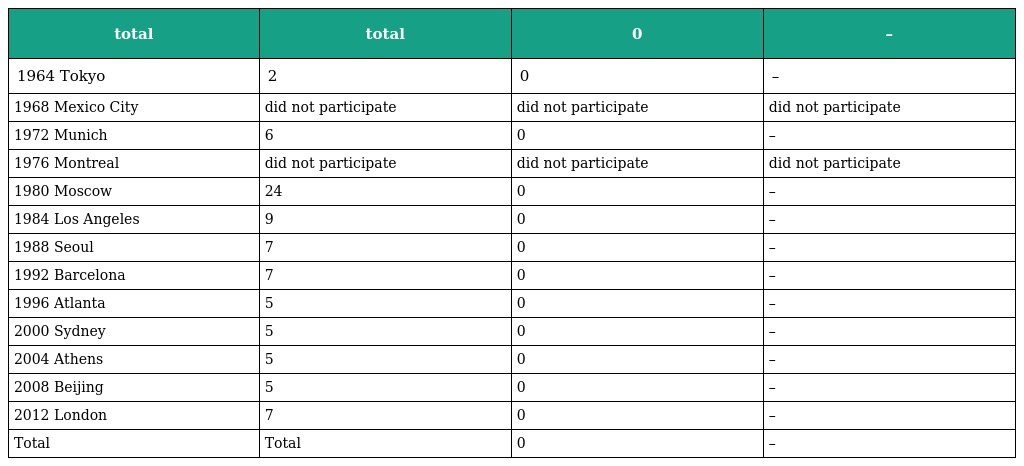
| total | total | 0 | – |
 | --- | --- | --- | --- |
 | 1964 Tokyo | 2 | 0 | – |
 | 1968 Mexico City | did not participate | did not participate | did not participate |
 | 1972 Munich | 6 | 0 | – |
 | 1976 Montreal | did not participate | did not participate | did not participate |
 | 1980 Moscow | 24 | 0 | – |
 | 1984 Los Angeles | 9 | 0 | – |
 | 1988 Seoul | 7 | 0 | – |
 | 1992 Barcelona | 7 | 0 | – |
 | 1996 Atlanta | 5 | 0 | – |
 | 2000 Sydney | 5 | 0 | – |
 | 2004 Athens | 5 | 0 | – |
 | 2008 Beijing | 5 | 0 | – |
 | 2012 London | 7 | 0 | – |
 | Total | Total | 0 | – |